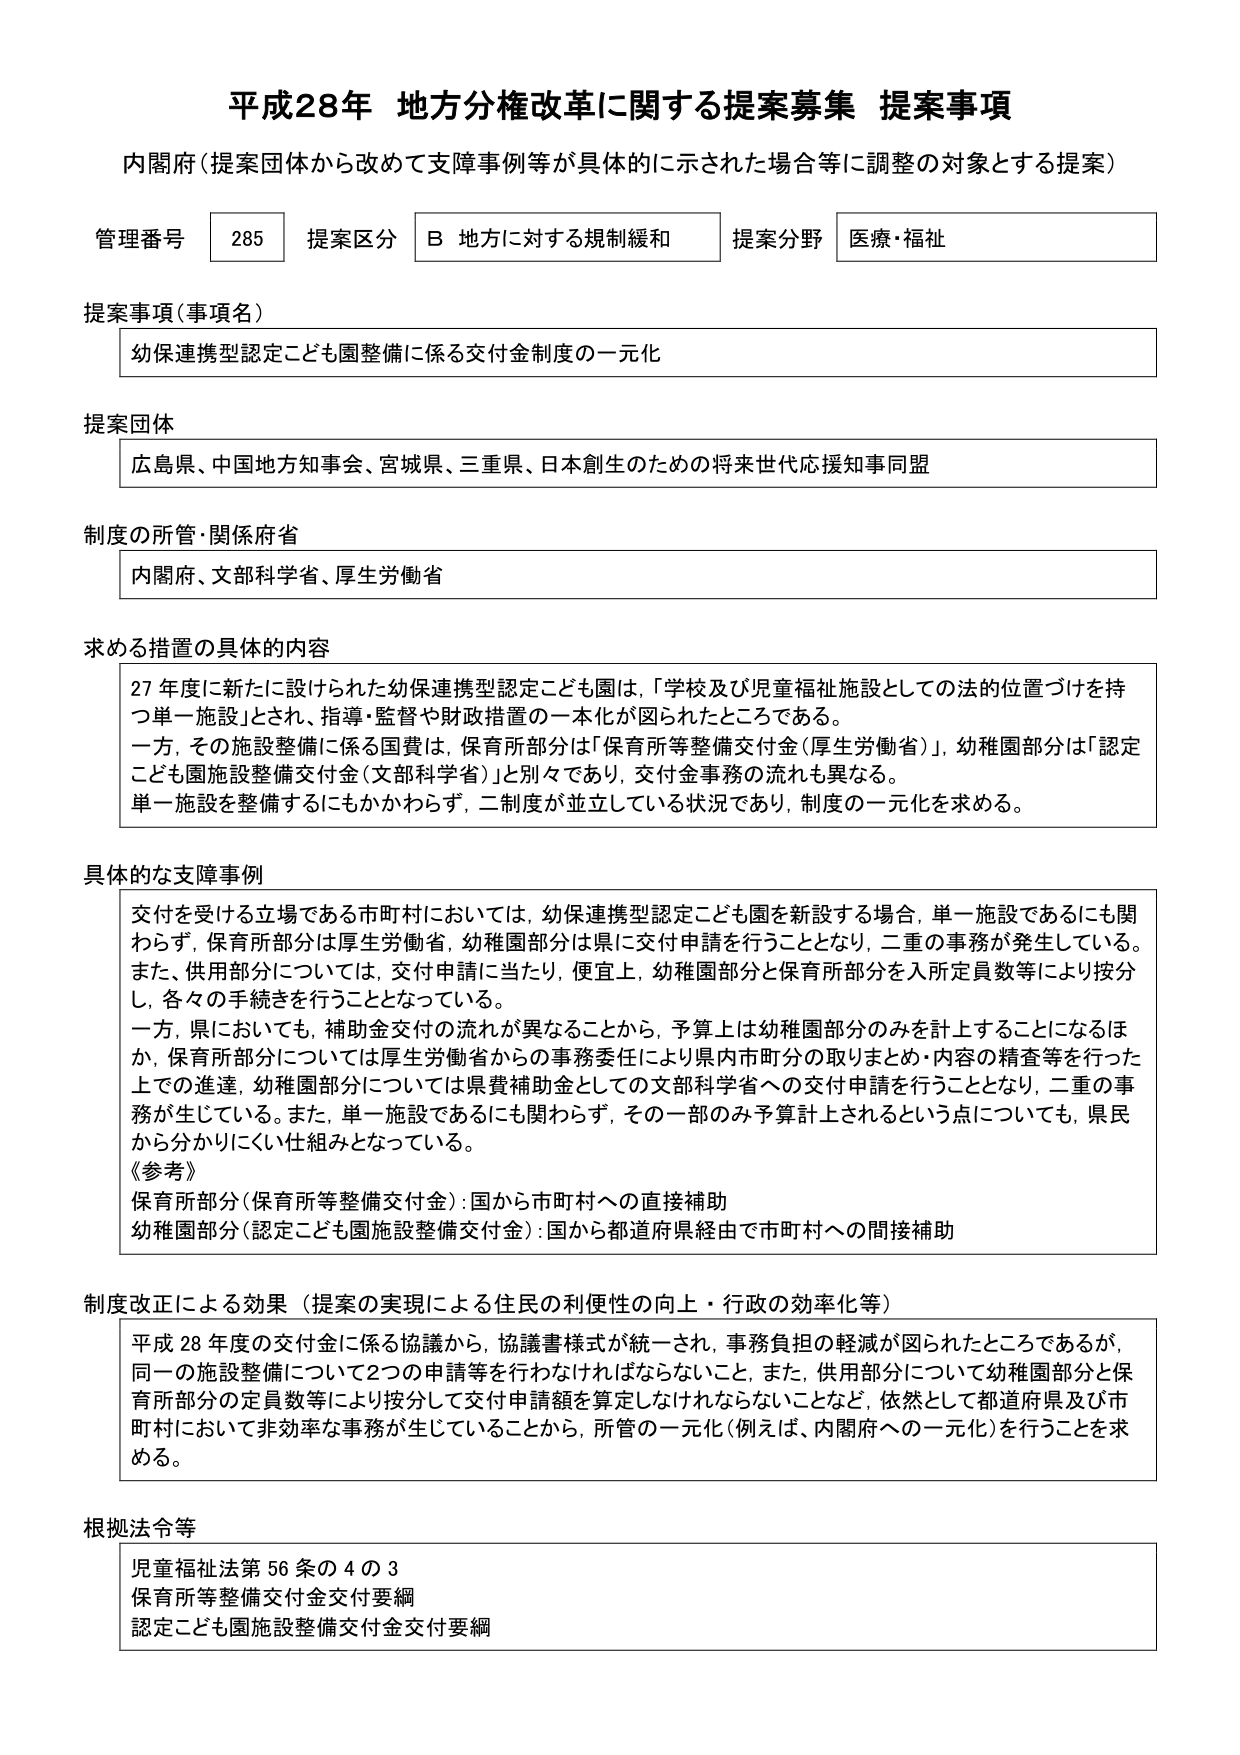
平成28年 地方分権改革に関する提案募集 提案事項
内閣府（提案団体から改めて支障事例等が具体的に示された場合等に調整の対象とする提案）

管理番号 285 提案区分 B 地方に対する規制緩和 提案分野 医療・福祉

提案事項（事項名）
幼保連携型認定こども園整備に係る交付金制度の一元化

提案団体
広島県、中国地方知事会、宮城県、三重県、日本創生のための将来世代応援知事同盟

制度の所管・関係府省
内閣府、文部科学省、厚生労働省

求める措置の具体的内容
27年度に新たに設けられた幼保連携型認定こども園は、「学校及び児童福祉施設としての法的位置づけを持つ単一施設」とされ、指導・監督や財政措置の一本化が図られたところである。
一方、その施設整備に係る国費は、保育所部分は「保育所等整備交付金（厚生労働省）」、幼稚園部分は「認定こども園施設整備交付金（文部科学省）」と別々であり、交付金事務の流れも異なる。
単一施設を整備するにもかかわらず、二制度が並立している状況であり、制度の一元化を求める。

具体的な支障事例
交付を受ける立場である市町村においては、幼保連携型認定こども園を新設する場合、単一施設であるにも関わらず、保育所部分は厚生労働省、幼稚園部分は県に交付申請を行うこととなり、二重の事務が発生している。
また、供用部分については、交付申請に当たり、便宜上、幼稚園部分と保育所部分を入所定員数等により按分し、各々の手続きを行うこととなっている。
一方、県においても、補助金交付の流れが異なることから、予算上は幼稚園部分のみを計上することになるほか、保育所部分については厚生労働省からの事務委任により県内市町村の取りまとめ・内容の精査等を行った上での進達、幼稚園部分については県費補助金としての文部科学省への交付申請を行うこととなり、二重の事務が生じている。また、単一施設であるにも関わらず、その一部のみ予算計上されるという点についても、県民から分かりにくい仕組みとなっている。
《参考》
保育所部分（保育所等整備交付金）：国から市町村への直接補助
幼稚園部分（認定こども園施設整備交付金）：国から都道府県経由で市町村への間接補助

制度改正による効果（提案の実現による住民の利便性の向上・行政の効率化等）
平成28年度の交付金に係る協議から、協議書様式が統一され、事務負担の軽減が図られたところであるが、同一の施設整備について2つの申請等を行わなければならないこと、また、供用部分について幼稚園部分と保育所部分の定員数等により按分して交付申請額を算定しなければならないことなど、依然として都道府県及び市町村において非効率な事務が生じていることから、所管の一元化（例えば、内閣府への一元化）を行うことを求める。

根拠法令等
児童福祉法第56条の4の3
保育所等整備交付金交付要綱
認定こども園施設整備交付金交付要綱